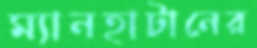
ম্যানহাটানের